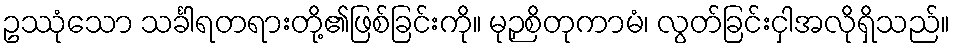
ဥဿုံသော သင်္ခါရတရားတို့၏ဖြစ်ခြင်းကို။ မုဉှစိတုကာမံ၊ လွတ်ခြင်းငှါအလိုရှိသည်။